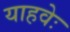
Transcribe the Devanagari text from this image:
याहवेः